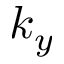
k _ { y }